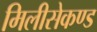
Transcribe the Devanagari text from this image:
मिलीसेकण्ड